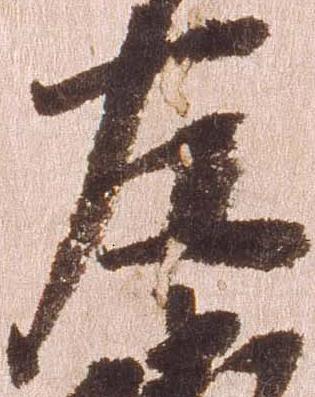
左